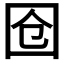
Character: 𭍜